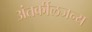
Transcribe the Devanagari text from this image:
अंतर्कीलजन्य